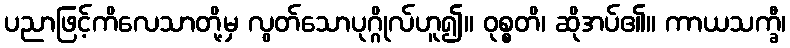
ပညာဖြင့်ကိလေသာတို့မှ လွတ်သောပုဂ္ဂိုလ်ဟူ၍။ ဝုစ္စတိ၊ ဆိုအပ်၏။ ကာယသက္ခီ၊